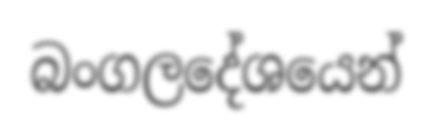
බංගලදේශයෙන්